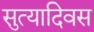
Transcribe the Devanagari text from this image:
सुत्यादिवस